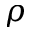
\rho